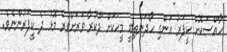
ހާއްސަކޮށް ކީޕަރު އަންގި ހޯދަންތިބީ މީހަކަށް ދޫކުރާ ވަރަށްވުރެ މޮޅު ދެ ކީޕަރުންނެވެ.